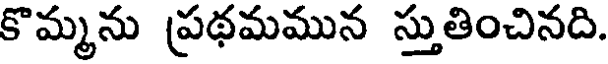
కొమ్మను ప్రథమమున స్తుతించినది.